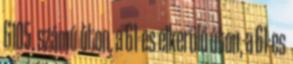
6105. számú úton, a 61-es elkerülő úton, a 61-es